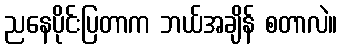
ညနေပိုင်းပြတာက ဘယ်အချိန် စတာလဲ။